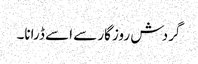
گردش روزگار سے اسے ڈرانا۔